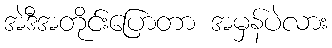
အဲဒီအတိုင်းပြောတာ အမှန်ပဲလား